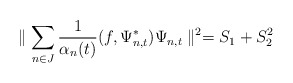
\begin{align*}\parallel\sum_{n\in J}\frac{1}{\alpha_{n}(t)}(f,\Psi_{n,t}^{\ast})\Psi_{n,t}\parallel^{2}=S_{1}+S_{2}^{2}\end{align*}